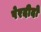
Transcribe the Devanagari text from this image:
पेरदीदो